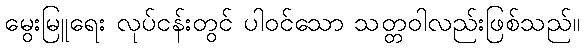
မွေးမြူရေး လုပ်ငန်းတွင် ပါဝင်သော သတ္တဝါလည်းဖြစ်သည်။